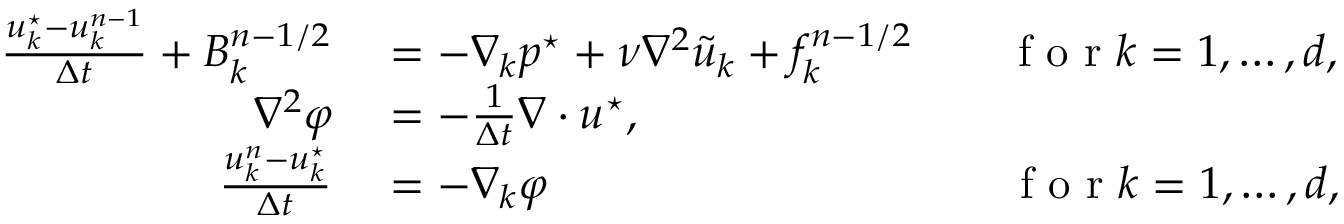
\begin{array} { r l } { \frac { u _ { k } ^ { \star } - u _ { k } ^ { n - 1 } } { \Delta t } + B _ { k } ^ { n - 1 / 2 } } & { { } = - \nabla _ { k } p ^ { \star } + \nu { \nabla } ^ { 2 } \tilde { u } _ { k } + f _ { k } ^ { n - 1 / 2 } \qquad \mathrm { ~ f ~ o ~ r ~ } k = 1 , \dots , d , } \\ { { \nabla } ^ { 2 } \varphi } & { { } = - \frac { 1 } { \Delta t } \nabla \cdot \b u ^ { \star } , } \\ { \frac { u _ { k } ^ { n } - u _ { k } ^ { \star } } { \Delta t } } & { { } = - { \nabla } _ { k } \varphi \qquad \qquad \qquad \qquad \qquad \, \mathrm { ~ f ~ o ~ r ~ } k = 1 , \dots , d , } \end{array}